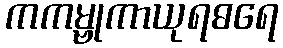
ကကမ္ဗုကာယုရဓရေ